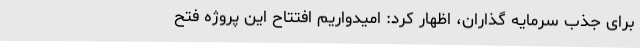
برای جذب سرمایه گذاران، اظهار کرد: امیدواریم افتتاح این پروژه فتح